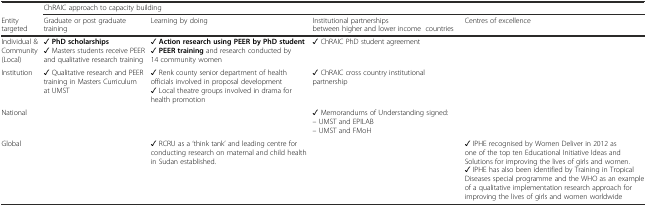
|  | <COLSPAN=4> ChRAIC approach to capacity building |
 | Entity targeted | Graduate or post graduate training | Learning by doing | Institutional partnerships between higher and lower incomecountries | Centres of excellence |
 | --- | --- | --- | --- | --- |
 | Individual & Community (Local) | ✓ PhD scholarships✓ Masters students receive PEER and qualitative research training | ✓ Action research using PEER by PhD student✓ PEER training and research conducted by 14 community women | ✓ ChRAIC PhD student agreement |  |
 | Institution | ✓ Qualitative research and PEER training in Masters Curriculum at UMST | ✓ Renk county senior department of health officials involved in proposal development✓ Local theatre groups involved in drama for health promotion | ✓ ChRAIC cross country institutional partnership |  |
 | National |  |  | ✓ Memorandums of Understanding signed:– UMST and EPILAB– UMST and FMoH |  |
 | Global |  | ✓ RCRU as a ‘think tank’ and leading centre for conducting research on maternal and child health in Sudan established. |  | ✓ IPHE recognised by Women Deliver in 2012 as one of the top ten Educational Initiative Ideas and Solutions for improving the lives of girls and women.✓ IPHE has also been identified by Training in Tropical Diseases special programme and the WHO as an example of a qualitative implementation research approach for improving the lives of girls and women worldwide |